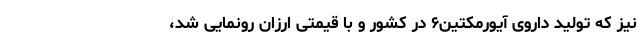
نیز که تولید داروی آیورمکتین۶ در کشور و با قیمتی ارزان رونمایی شد،